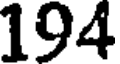
194